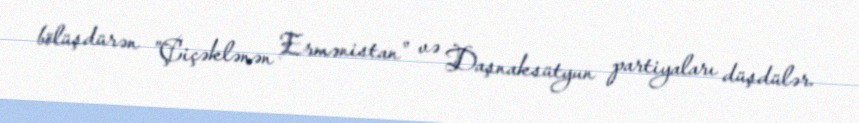
bölüşdürən ”Çiçəklənən Ermənistan" və Daşnaksütyun partiyaları düşdülər.